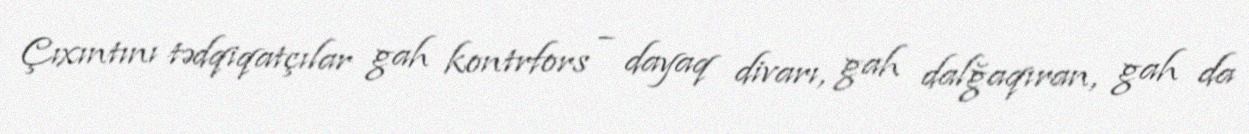
Çıxıntını tədqiqatçılar gah kontrfors – dayaq divarı, gah dalğaqıran, gah da